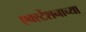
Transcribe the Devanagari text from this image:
एक्स्टेंशनाच्या